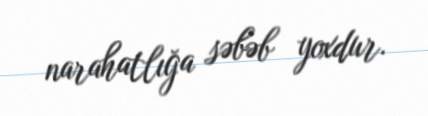
narahatlığa səbəb yoxdur.